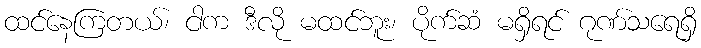
ထင်နေကြတယ်၊ ငါက ဒီလို မထင်ဘူး၊ ပိုက်ဆံ မရှိရင် ဂုဏ်သရေရှိ